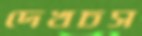
দেখচস